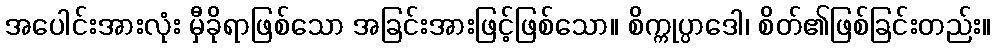
အပေါင်းအားလုံး မှီခိုရာဖြစ်သော အခြင်းအားဖြင့်ဖြစ်သော။ စိက္ကုပ္ပာဒေါ၊ စိတ်၏ဖြစ်ခြင်းတည်း။